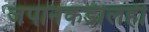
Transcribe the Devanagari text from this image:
जपानकडीलही